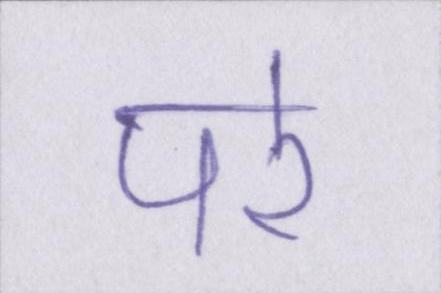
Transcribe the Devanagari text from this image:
परे